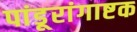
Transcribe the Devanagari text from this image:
पांडूरांगाष्टक